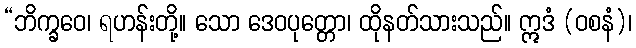
“ဘိက္ခဝေ၊ ရဟန်းတို့။ သော ဒေဝပုတ္တော၊ ထိုနတ်သားသည်။ ဣဒံ (ဝစနံ)၊